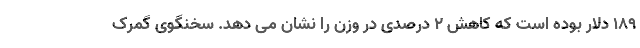
۱۸۹ دلار بوده است که کاهش ۲ درصدی در وزن را نشان می دهد. سخنگوی گمرک